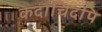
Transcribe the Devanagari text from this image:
कदाचिदपि